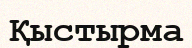
Қыстырма